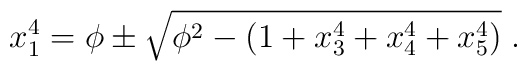
x_1^4 =\phi \pm\sqrt{\phi^2-(1+x_3^4+x_4^4+x_5^4)}\; .